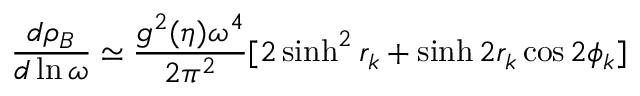
\frac { d \rho _ { B } } { d \ln { \omega } } \simeq \frac { g ^ { 2 } ( \eta ) \omega ^ { 4 } } { 2 \pi ^ { 2 } } [ 2 \sinh ^ { 2 } { r _ { k } } + \sinh { 2 r _ { k } } \cos { 2 \phi _ { k } } ]